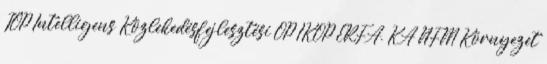
TOP Intelligens Közlekedésfejlesztési OP IKOP ERFA, KA NFM Környezet